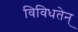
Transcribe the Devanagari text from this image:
विविधतेन्